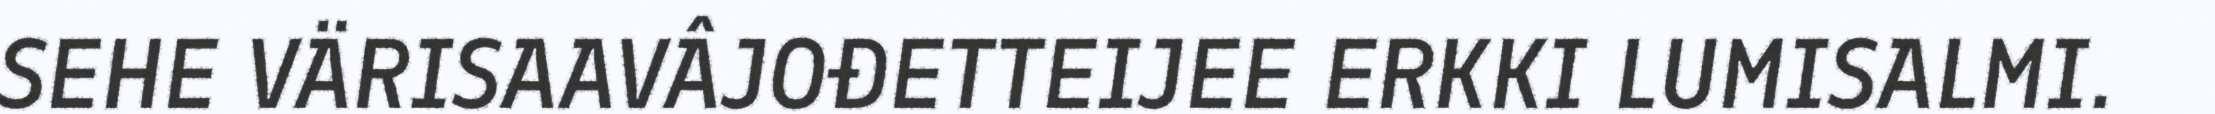
SEHE VÄRISAAVÂJOĐETTEIJEE ERKKI LUMISALMI.